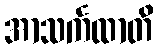
အာသင်္ကထာတိ